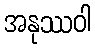
အနုဿဝါ